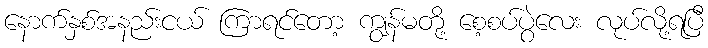
နောက်နှစ်အနည်းငယ် ကြာရင်တော့ ကျွန်မတို့ စေ့စပ်ပွဲလေး လုပ်လို့ရပြီ